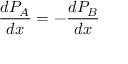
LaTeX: { \frac { d P _ { A } } { d x } } = - { \frac { d P _ { B } } { d x } }